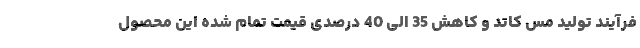
فرآیند تولید مس كاتد و كاهش 35 الی 40 درصدی قیمت تمام شده این محصول